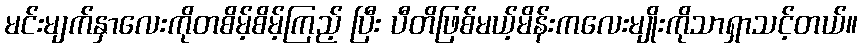
မင်းမျက်နှာလေးကိုတစိမ့်စိမ့်ကြည့် ပြီး ပီတိဖြစ်မယ့်မိန်းကလေးမျိုးကိုသာရှာသင့်တယ်။